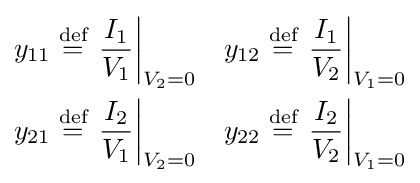
{\begin{aligned}y_{11}&\mathrel {\stackrel {\text{def}}{=}} \left.{\frac {I_{1}}{V_{1}}}\right|_{V_{2}=0}&y_{12}&\mathrel {\stackrel {\text{def}}{=}} \left.{\frac {I_{1}}{V_{2}}}\right|_{V_{1}=0}\\y_{21}&\mathrel {\stackrel {\text{def}}{=}} \left.{\frac {I_{2}}{V_{1}}}\right|_{V_{2}=0}&y_{22}&\mathrel {\stackrel {\text{def}}{=}} \left.{\frac {I_{2}}{V_{2}}}\right|_{V_{1}=0}\end{aligned}}